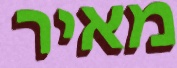
מאיר